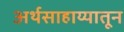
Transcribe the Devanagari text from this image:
अर्थसाहाय्यातून